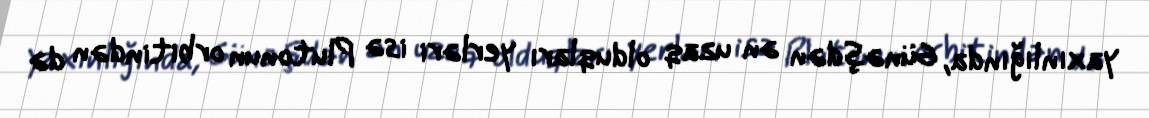
yaxınlığında, Günəşdən ən uzaq olduqları yerləri isə Plutonun orbitindən də